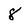
Character: 8